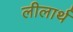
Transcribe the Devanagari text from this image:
लीलार्थ